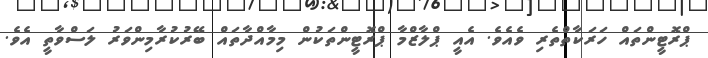
ޕްރޮޓީންތައް ހަރަކާތްތެރި ވެއެވެ. އެއީ ޕްލާޒްމާ ޕްރޮޓީންތަކުން މިމާއްދާތައް ބޭރުކުރާމިންވަރު ލަސްވާތީ އެވެ.